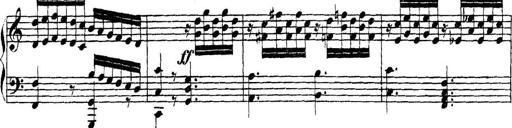
Title: Collected Piano Sonatas
Composer: Muzio Clementi